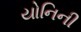
યોનિની